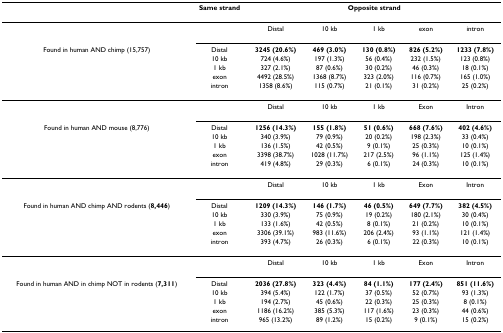
<table><thead><tr><td></td><td><b>Same strand</b></td><td colspan="5"><b>Opposite strand</b></td></tr></thead><tbody><tr><td></td><td></td><td>Distal</td><td>10 kb</td><td>1 kb</td><td>exon</td><td>intron</td></tr><tr><td>Found in human AND chimp (15,757)</td><td>Distal</td><td><b>3245 (20.6%)</b></td><td><b>469 (3.0%)</b></td><td><b>130 (0.8%)</b></td><td><b>826 (5.2%)</b></td><td><b>1233 (7.8%)</b></td></tr><tr><td></td><td>10 kb</td><td>724 (4.6%)</td><td>197 (1.3%)</td><td>56 (0.4%)</td><td>232 (1.5%)</td><td>123 (0.8%)</td></tr><tr><td></td><td>1 kb</td><td>327 (2.1%)</td><td>87 (0.6%)</td><td>30 (0.2%)</td><td>46 (0.3%)</td><td>18 (0.1%)</td></tr><tr><td></td><td>exon</td><td>4492 (28.5%)</td><td>1368 (8.7%)</td><td>323 (2.0%)</td><td>116 (0.7%)</td><td>165 (1.0%)</td></tr><tr><td></td><td>intron</td><td>1358 (8.6%)</td><td>115 (0.7%)</td><td>21 (0.1%)</td><td>31 (0.2%)</td><td>25 (0.2%)</td></tr><tr><td></td><td></td><td>Distal</td><td>10 kb</td><td>1 kb</td><td>Exon</td><td>Intron</td></tr><tr><td>Found in human AND mouse (8,776)</td><td>Distal</td><td><b>1256 (14.3%)</b></td><td><b>155 (1.8%)</b></td><td><b>51 (0.6%)</b></td><td><b>668 (7.6%)</b></td><td><b>402 (4.6%)</b></td></tr><tr><td></td><td>10 kb</td><td>340 (3.9%)</td><td>79 (0.9%)</td><td>20 (0.2%)</td><td>198 (2.3%)</td><td>33 (0.4%)</td></tr><tr><td></td><td>1 kb</td><td>136 (1.5%)</td><td>42 (0.5%)</td><td>9 (0.1%)</td><td>25 (0.3%)</td><td>10 (0.1%)</td></tr><tr><td></td><td>exon</td><td>3398 (38.7%)</td><td>1028 (11.7%)</td><td>217 (2.5%)</td><td>96 (1.1%)</td><td>125 (1.4%)</td></tr><tr><td></td><td>intron</td><td>419 (4.8%)</td><td>29 (0.3%)</td><td>6 (0.1%)</td><td>24 (0.3%)</td><td>10 (0.1%)</td></tr><tr><td></td><td></td><td>Distal</td><td>10 kb</td><td>1 kb</td><td>Exon</td><td>Intron</td></tr><tr><td>Found in human AND chimp AND rodents (<b>8,446</b>)</td><td>Distal</td><td><b>1209 (14.3%)</b></td><td><b>146 (1.7%)</b></td><td><b>46 (0.5%)</b></td><td><b>649 (7.7%)</b></td><td><b>382 (4.5%)</b></td></tr><tr><td></td><td>10 kb</td><td>330 (3.9%)</td><td>75 (0.9%)</td><td>19 (0.2%)</td><td>180 (2.1%)</td><td>30 (0.4%)</td></tr><tr><td></td><td>1 kb</td><td>133 (1.6%)</td><td>42 (0.5%)</td><td>8 (0.1%)</td><td>21 (0.2%)</td><td>10 (0.1%)</td></tr><tr><td></td><td>exon</td><td>3306 (39.1%)</td><td>983 (11.6%)</td><td>206 (2.4%)</td><td>93 (1.1%)</td><td>121 (1.4%)</td></tr><tr><td></td><td>intron</td><td>393 (4.7%)</td><td>26 (0.3%)</td><td>6 (0.1%)</td><td>22 (0.3%)</td><td>10 (0.1%)</td></tr><tr><td></td><td></td><td>Distal</td><td>10 kb</td><td>1 kb</td><td>Exon</td><td>Intron</td></tr><tr><td>Found in human AND in chimp NOT in rodents (<b>7,311</b>)</td><td>Distal</td><td><b>2036 (27.8%)</b></td><td><b>323 (4.4%)</b></td><td><b>84 (1.1%)</b></td><td><b>177 (2.4%)</b></td><td><b>851 (11.6%)</b></td></tr><tr><td></td><td>10 kb</td><td>394 (5.4%)</td><td>122 (1.7%)</td><td>37 (0.5%)</td><td>52 (0.7%)</td><td>93 (1.3%)</td></tr><tr><td></td><td>1 kb</td><td>194 (2.7%)</td><td>45 (0.6%)</td><td>22 (0.3%)</td><td>25 (0.3%)</td><td>8 (0.1%)</td></tr><tr><td></td><td>exon</td><td>1186 (16.2%)</td><td>385 (5.3%)</td><td>117 (1.6%)</td><td>23 (0.3%)</td><td>44 (0.6%)</td></tr><tr><td></td><td>intron</td><td>965 (13.2%)</td><td>89 (1.2%)</td><td>15 (0.2%)</td><td>9 (0.1%)</td><td>15 (0.2%)</td></tr></tbody></table>